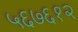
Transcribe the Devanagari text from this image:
५६७६१२